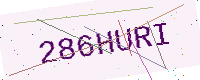
Text: 286HURI